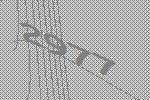
2977